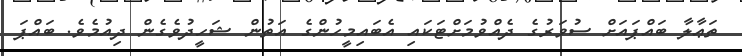
ތަޢާލާ ބައްޕައަށް ސުވަރުގެ ދެއްވުމަށްޓަކައި އެބައިމީހުންގެ އަތުން ޝަހީދުވެގެން ދިއުމެވެ. ބައްޕަ